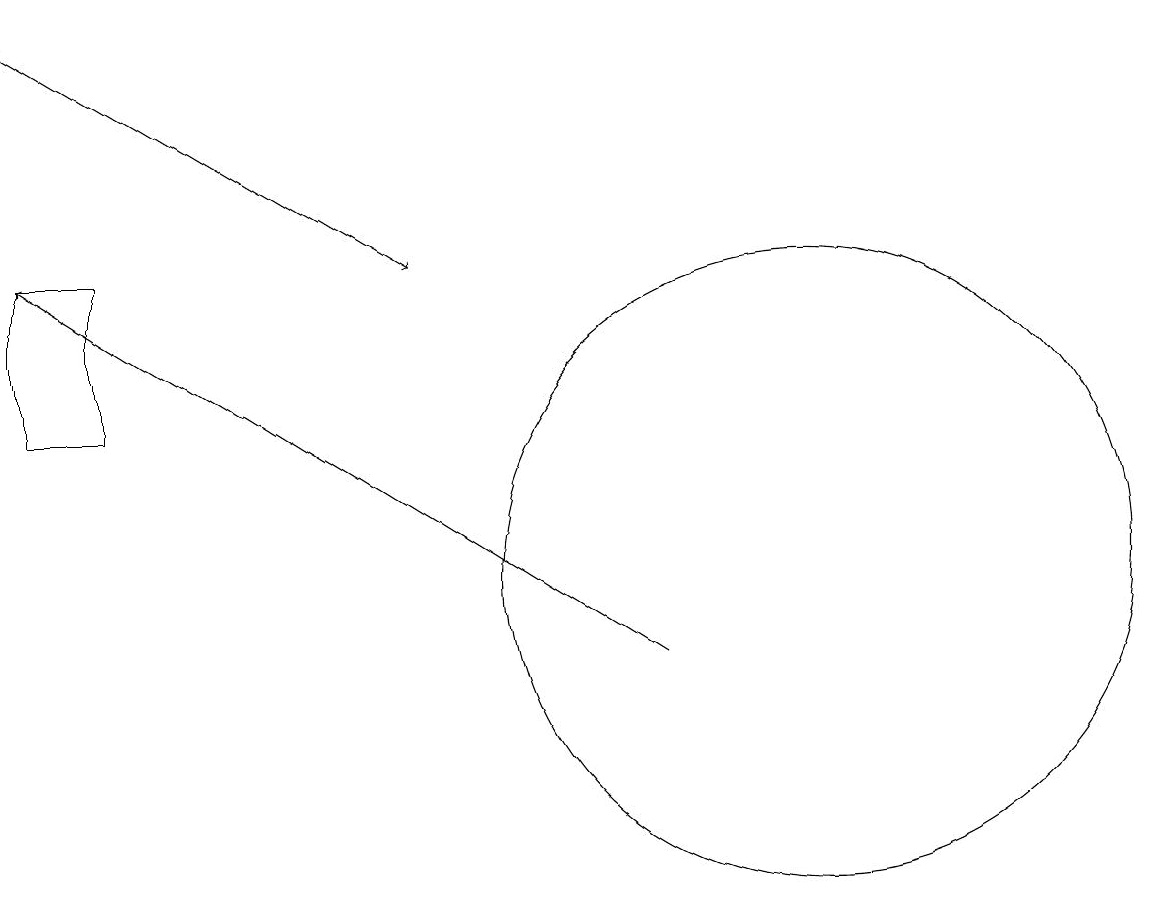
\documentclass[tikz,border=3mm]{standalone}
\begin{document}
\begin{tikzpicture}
\draw[->] (8,11) -- (0,16);
\draw (0,16) rectangle (1,14);
\draw (10,12) circle (4);
\draw[->] (0,19) -- (5,16);
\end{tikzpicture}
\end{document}